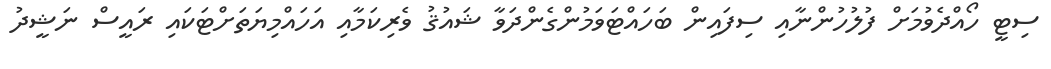
ސިޓީ ހޯއްދެވުމަށް ފުލުހުންނާއި ސިފައިން ބަހައްޓަވަމުންގެންދަވާ ޝައުޤު ވެރިކަމާއި އަހައްމިޔަތަށްޓަކައި ރައީސް ނަޝީދު